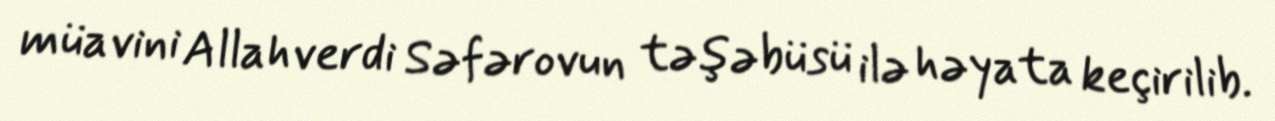
müavini Allahverdi Səfərovun təşəbüsü ilə həyata keçirilib.